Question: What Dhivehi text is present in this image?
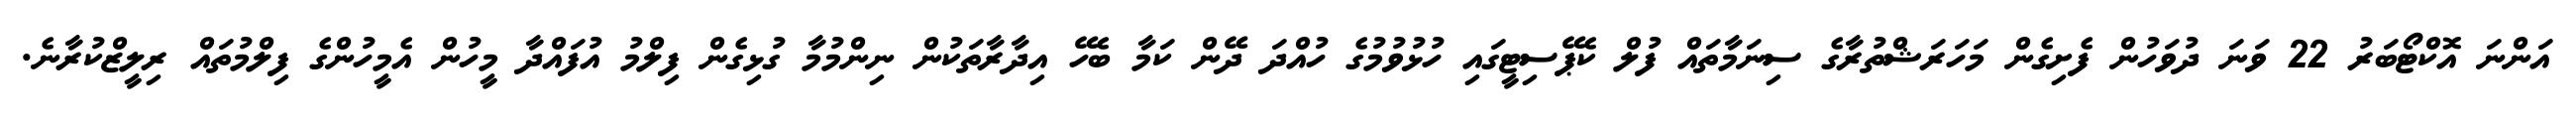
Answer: އަންނަ އޮކްޓޯބަރު 22 ވަނަ ދުވަހުން ފެށިގެން މަހަރަޝްތުރާގެ ސިނަމާތައް ފުލް ކެޕޭސިޓީގައި ހުޅުވުމުގެ ހުއްދަ ދޭން ކަމާ ބެހޭ އިދާރާތަކުން ނިންމުމާ ގުޅިގެން ފިލްމު އުފައްދާ މީހުން އެމީހުންގެ ފިލްމުތައް ރިލީޒްކުރާނެ.